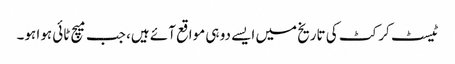
ٹیسٹ کرکٹ کی تاریخ میں ایسے دو ہی مواقع آئے ہیں، جب میچ ٹائی ہوا ہو۔